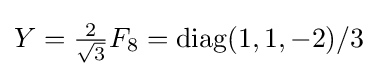
Y={\tfrac {2}{\sqrt {3}}}F_{8}=\operatorname {diag} (1,1,-2)/3~